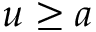
u \ge a